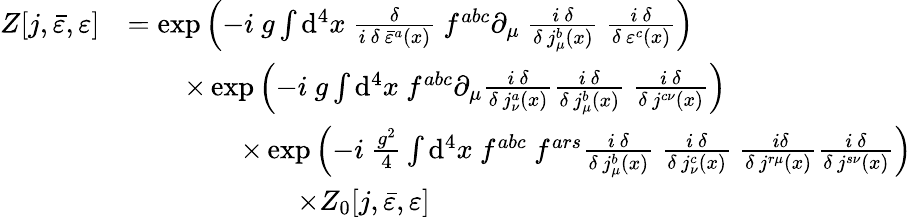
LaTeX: {\begin{array}{rl}{Z[j,{\bar{\varepsilon}},\varepsilon]}&{=\exp\left(-i\ g\int\mathrm{d}^{4}x\ {\frac{\delta}{i\ \delta\ {\bar{\varepsilon}}^{a}(x)}}\ f^{abc}\partial_{\mu}\ {\frac{i\ \delta}{\delta\ j_{\mu}^{b}(x)}}\ {\frac{i\ \delta}{\delta\ \varepsilon^{c}(x)}}\right)}\\ &{\qquad\times\exp\left(-i\ g\int\mathrm{d}^{4}x\ f^{abc}\partial_{\mu}{\frac{i\ \delta}{\delta\ j_{\nu}^{a}(x)}}{\frac{i\ \delta}{\delta\ j_{\mu}^{b}(x)}}\ {\frac{i\ \delta}{\delta\ j^{c\nu}(x)}}\right)}\\ &{\qquad\qquad\times\exp\left(-i\ {\frac{g^{2}}{4}}\int\mathrm{d}^{4}x\ f^{abc}\ f^{ars}{\frac{i\ \delta}{\delta\ j_{\mu}^{b}(x)}}\ {\frac{i\ \delta}{\delta\ j_{\nu}^{c}(x)}}\ {\frac{\ i\delta}{\delta\ j^{r\mu}(x)}}{\frac{i\ \delta}{\delta\ j^{s\nu}(x)}}\right)}\\ &{\qquad\qquad\qquad\times Z_{0}[j,{\bar{\varepsilon}},\varepsilon]}\end{array}}